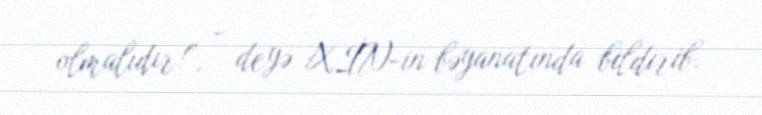
olmalıdır!”, - deyə XİN-in bəyanatında bildirib.